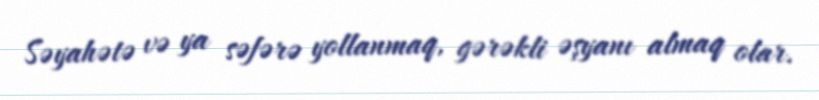
Səyahətə və ya səfərə yollanmaq, gərəkli əşyanı almaq olar.